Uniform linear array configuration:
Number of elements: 64
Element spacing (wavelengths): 0.25
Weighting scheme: hann
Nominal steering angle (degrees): -30
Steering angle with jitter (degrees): -28.898
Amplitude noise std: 0.05
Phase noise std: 0.05

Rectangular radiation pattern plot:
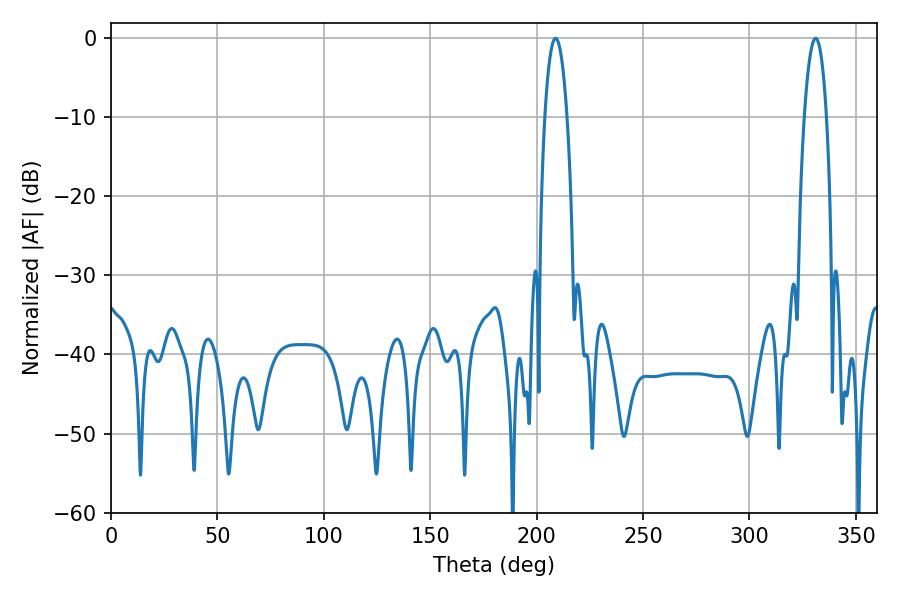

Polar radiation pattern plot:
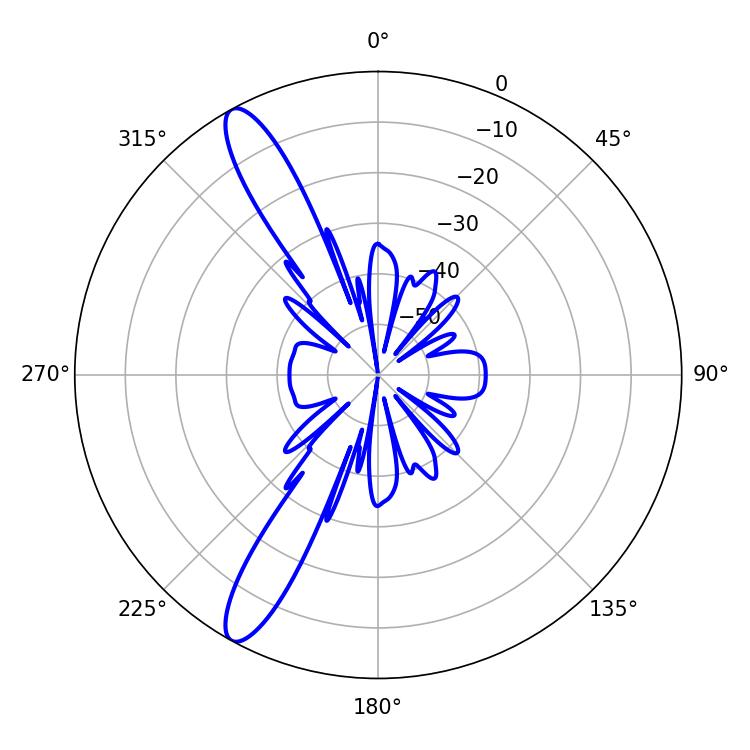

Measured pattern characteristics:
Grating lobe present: FALSE
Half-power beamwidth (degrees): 5.76
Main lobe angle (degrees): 208.98